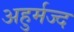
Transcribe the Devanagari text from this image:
अहुर्मज्द